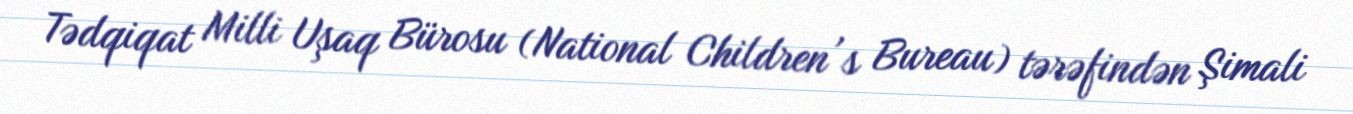
Tədqiqat Milli Uşaq Bürosu (National Children’s Bureau) tərəfindən Şimali